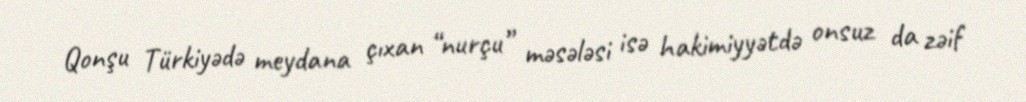
Qonşu Türkiyədə meydana çıxan “nurçu” məsələsi isə hakimiyyətdə onsuz da zəif